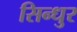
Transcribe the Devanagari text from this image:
सिन्‍धुर